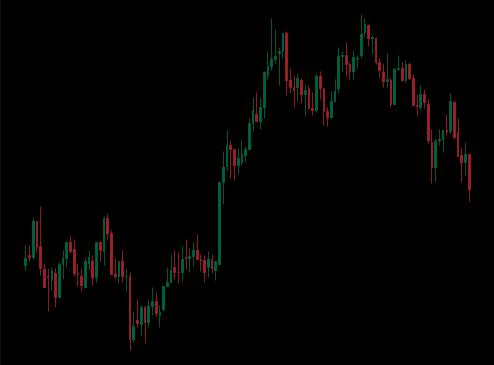
Pattern: unclassified